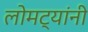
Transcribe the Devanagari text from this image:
लोमट्यांनी